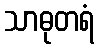
သာဓုတရံ